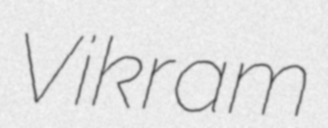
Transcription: Vikram